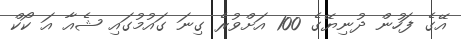
އޭގެ ފަހުން ދުނިޔޭގެ 100 އަށްވުރެ ގިނަ ގައުމުގައި ޝެއާ އަ ކޯކް